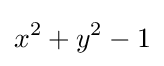
x^{2}+y^{2}-1